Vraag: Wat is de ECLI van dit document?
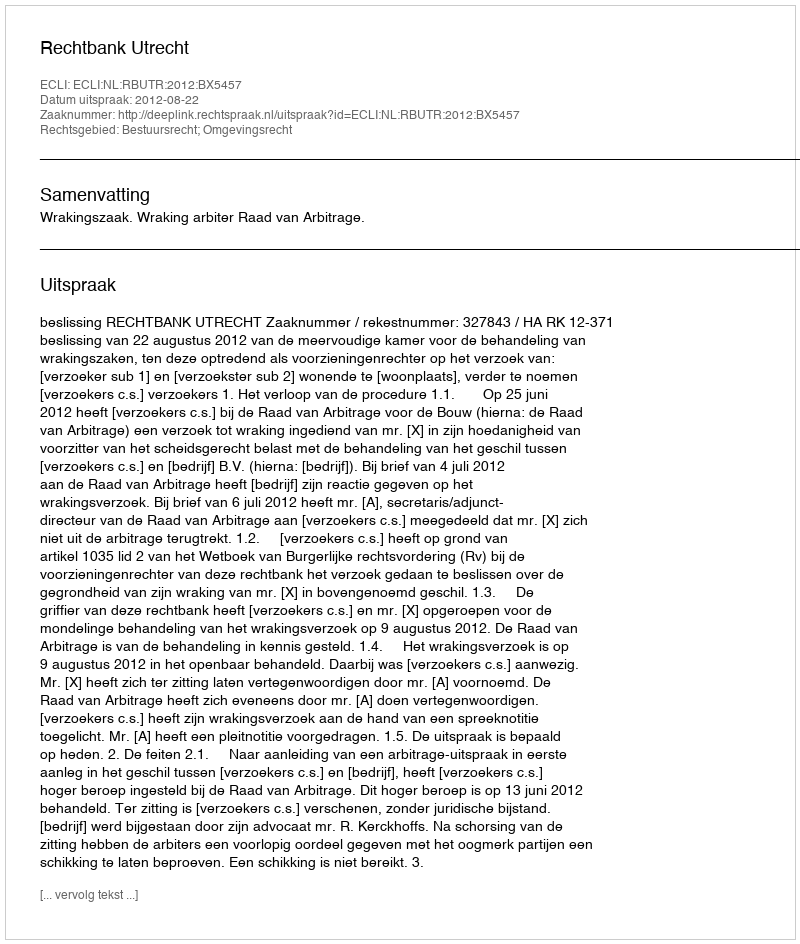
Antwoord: ECLI:NL:RBUTR:2012:BX5457